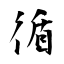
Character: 循